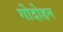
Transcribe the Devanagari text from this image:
गोदोहन